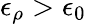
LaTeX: \epsilon_{\rho}>\epsilon_{0}